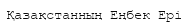
Қазақстанның Еңбек Ері